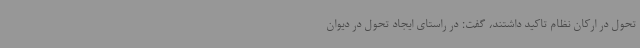
تحول در ارکان نظام تاکید داشتند، گفت: در راستای ایجاد تحول در دیوان